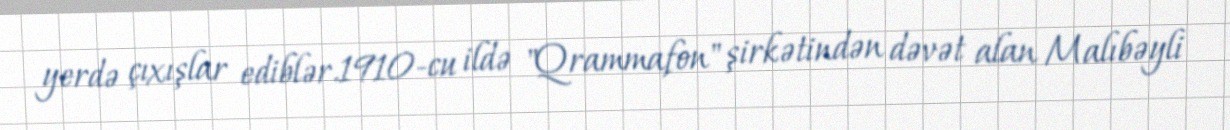
yerdə çıxışlar ediblər.1910-cu ildə "Qrammafon" şirkətindən dəvət alan Malıbəyli